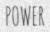
POWER